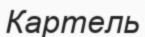
Картель